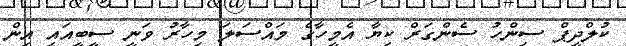
ކުލްދީޕް ސިންހު ސެންގަރް ކިޔާ އެމީހާގެ މައްސަލަ މިހާރު ވަނީ ސީބީއައި އިން